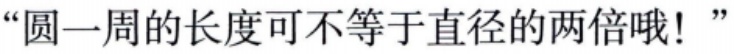
“圆一周的长度可不等于直径的两倍哦！”